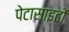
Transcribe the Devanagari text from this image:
पेटासाइटों